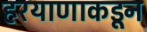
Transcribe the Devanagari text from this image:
हरयाणाकडून